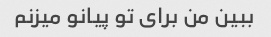
ببین من برای تو پیانو میزنم